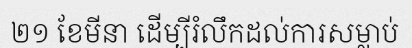
២១ ខែមីនា ដើម្បីរំលឹកដល់ការសម្លាប់